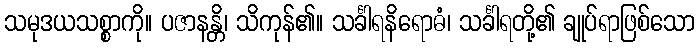
သမုဒယသစ္စာကို။ ပဇာနန္တိ၊ သိကုန်၏။ သင်္ခါရနိရောဓံ၊ သင်္ခါရတို့၏ ချုပ်ရာဖြစ်သော